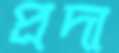
প্রদা